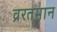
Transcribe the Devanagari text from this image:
व्ररतमान